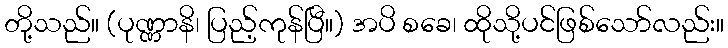
တို့သည်။ (ပုဏ္ဏာနိ၊ ပြည့်ကုန်ပြီ။) အပိ စခေ၊ ထိုသို့ပင်ဖြစ်သော်လည်း။